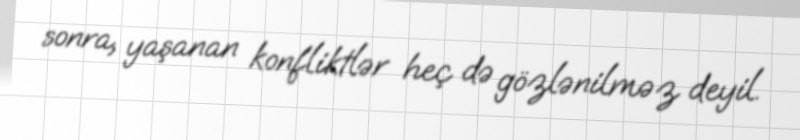
sonra, yaşanan konfliktlər heç də gözlənilməz deyil.